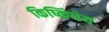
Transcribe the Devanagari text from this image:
किष्किंधेय